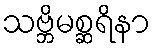
သဗ္ဘိမစ္ဆရိနာ